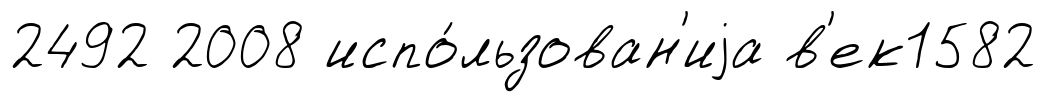
2492 2008 испо́льзован'иjа в'ек1582